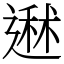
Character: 䢤